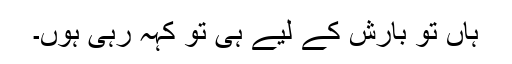
ہاں تو بارش کے لیے ہی تو کہہ رہی ہوں۔